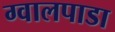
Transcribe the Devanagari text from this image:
ग्वालपाडा